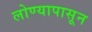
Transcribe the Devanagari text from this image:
लोण्यापासून